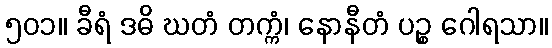
၅၀၁။ ခီရံ ဒဓိ ဃတံ တက္ကံ၊ နောနီတံ ပဉ္စ ဂေါရသာ။